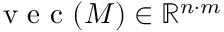
\mathrm { ~ v ~ e ~ c ~ } ( M ) \in \mathbb { R } ^ { n \cdot m }